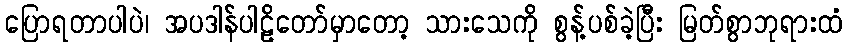
ပြောရတာပါပဲ၊ အပဒါန်ပါဠိတော်မှာတော့ သားသေကို စွန့်ပစ်ခဲ့ပြီး မြတ်စွာဘုရားထံ